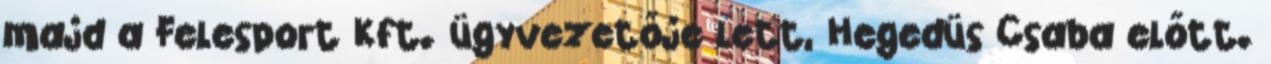
majd a Felesport Kft. ügyvezetője lett, Hegedüs Csaba előtt.